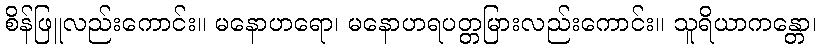
စိန်ဖြူလည်းကောင်း။ မနောဟရော၊ မနောဟရပတ္တမြားလည်းကောင်း။ သူရိယာကန္တော၊